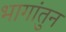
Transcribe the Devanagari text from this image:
भागांतुन